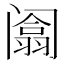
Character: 𰿻